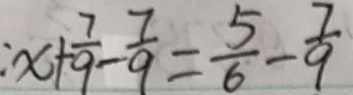
: x + \frac { 7 } { 9 } - \frac { 7 } { 9 } = \frac { 5 } { 6 } - \frac { 7 } { 9 }